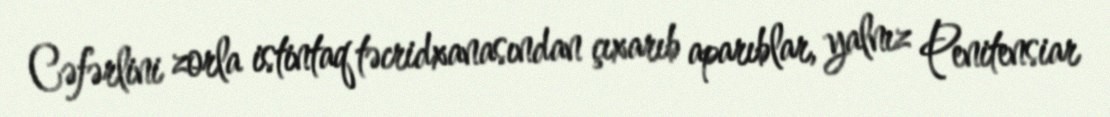
Cəfərlini zorla istintaq təcridxanasından çıxarıb aparıblar, yalnız Penitensiar